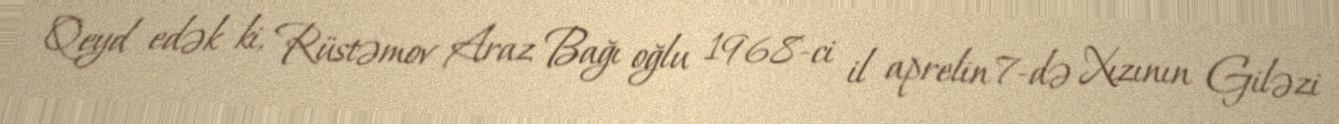
Qeyd edək ki, Rüstəmov Araz Bağı oğlu 1968-ci il aprelin 7-də Xızının Giləzi